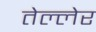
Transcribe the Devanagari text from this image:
तेल्लेर